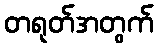
တရုတ်အတွက်